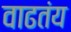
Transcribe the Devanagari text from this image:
वाढतंय